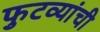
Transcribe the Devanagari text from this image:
फुटव्यांची